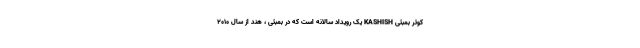
کوئر بمبئی KASHISH یک رویداد سالانه است که در بمبئی ، هند از سال 2010